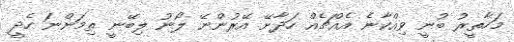
މަހާތީރު ބުނީ ވިއްކާނެ އެއްޗެއް ހަދާށޭ އޭރުންނޭ ލޯނު ލިބޭނީ ތިމަންނަ ހެދީ